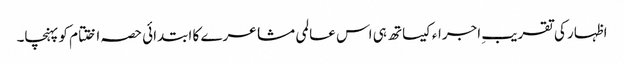
اظہار کی تقریبِ اجراءکیساتھ ہی اس عالمی مشاعرے کا ابتدائی حصہ اختتام کو پہنچا۔